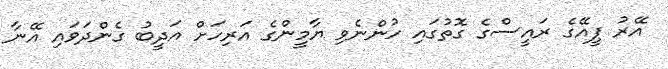
އޭރު ޕީއޭގެ ރައީސްގެ ގޮތުގައި ހުންނެވި ޔާމީންގެ އަރިހަށް އަދީބު ގެންދަވައި އޭނާ